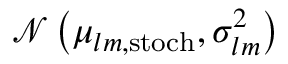
\mathcal { N } \left( \mu _ { l m , \mathrm { s t o c h } } , \sigma _ { l m } ^ { 2 } \right)